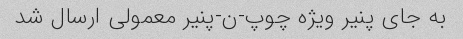
به جای پنیر ویژه چوپ-ن-پنیر معمولی ارسال شد